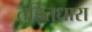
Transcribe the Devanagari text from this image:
तड़ितधारा